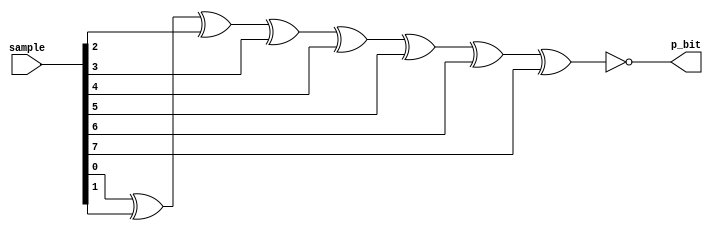
`timescale 1ns / 1ps
// This odd parity generator is parameterised (n) and can have variable bit length as required by application.
// condition n>=2.
module odd_par_gen #(parameter n=8) (sample, p_bit);
    input [n-1:0] sample;
    output p_bit;
    wire [n-2:0] wr;
    
    assign wr[0] = sample[0] ^ sample[1];
    
    genvar i;
    for(i=2; i<n; i=i+1)
    begin
        assign wr[i-1] = wr[i-2] ^ sample[i];
    end
    
    assign p_bit = ~(wr[n-2]);
endmodule